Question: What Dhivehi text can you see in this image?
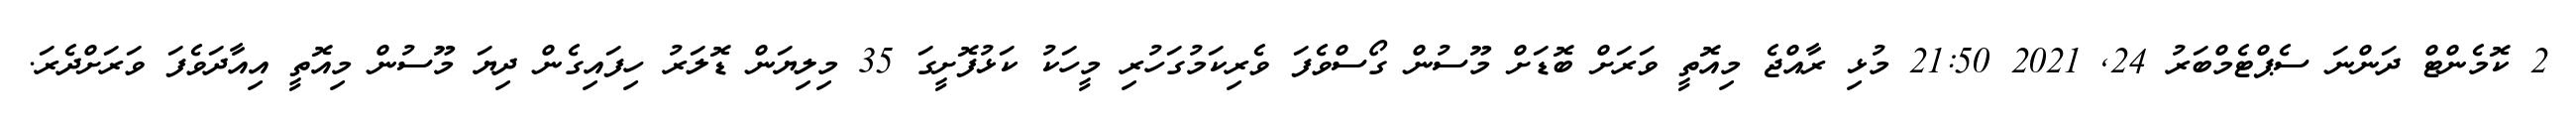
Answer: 2 ކޮމެންޓް ދަންނަ ސެޕްޓެމްބަރު 24, 2021 21:50 މުޅި ރާއްޖެ މިއޮތީ ވަރަށް ބޮޑަށް މޫސުން ގޯސްވެފަ ވެރިކަމުގަހުރި މީހަކު ކަޅުފޮށީގަ 35 މިލިޔަން ޑޮލަރު ހިފައިގެން ދިޔަ މޫސުން މިއޮތީ އިއާދަވެފަ ވަރަށްދެރަ.